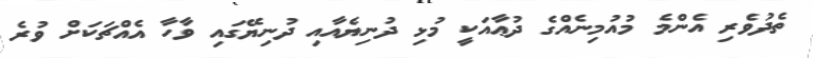
ތެދުވެރި އެންމެ މުއުމިނެއްގެ ދުޢާއަކީ މުޅި ދުނިޔެއާއި ދުނިޔޭގައި ވާހާ އެއްޗަކަށް ވުރެ